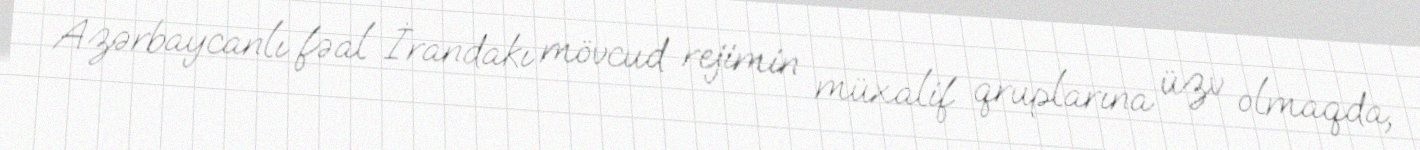
Azərbaycanlı fəal İrandakı mövcud rejimin müxalif qruplarına üzv olmaqda,